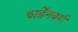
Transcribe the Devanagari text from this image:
वार्डेनबर्ग